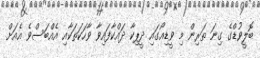
ބޮލީވުޑްގެ ގިނަ ތަރިން މި ވީޑިއޯގައި ދީޕިކާ ދައްކާފައިވާ ވާހަކަތަކާއި އެއްބަސްވެ އެއަށް